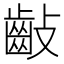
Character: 𪗡